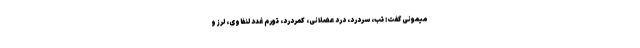
میمونی گفت: تب، سردرد، درد عضلانی، کمردرد، تورم غدد لنفاوی، لرز و